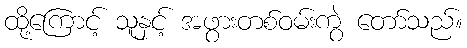
ထို့ကြောင့် သူနှင့် အဖွားတစ်ဝမ်းကွဲ တော်သည်။